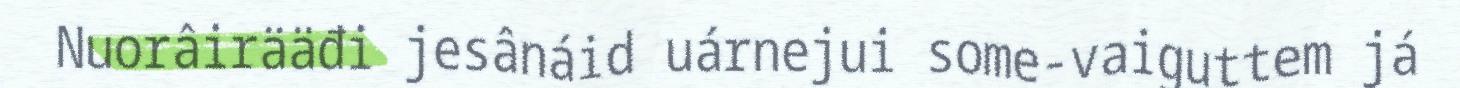
Nuorâirääđi jesânáid uárnejui some-vaiguttem já